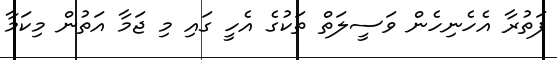
ފަތުރާ އެހެނިހެން ވަސީލަތް ތަކުގެ އެހީ ގައި މި ޖަމާ އަތުން މިކަމާ